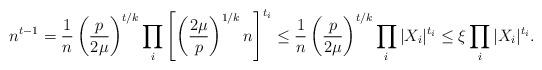
LaTeX: \begin{align*} n^{t-1} = \frac{1}{n} \left( \frac{p}{2\mu} \right)^{t/k} \prod_i \left[ \left( \frac{2\mu}{p} \right)^{1/k} n \right]^{t_i} \leq \frac{1}{n} \left( \frac{p}{2\mu} \right)^{t/k} \prod_i |X_i|^{t_i} \leq \xi \prod_i |X_i|^{t_i}.\end{align*}